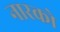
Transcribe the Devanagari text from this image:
नारको